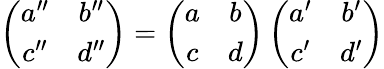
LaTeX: \left(\begin{array}{cc}{{a^{\prime\prime}}}&{{b^{\prime\prime}}}\\ {{c^{\prime\prime}}}&{{d^{\prime\prime}}}\end{array}\right)=\left(\begin{array}{cc}{{a}}&{{b}}\\ {{c}}&{{d}}\end{array}\right)\left(\begin{array}{cc}{{a^{\prime}}}&{{b^{\prime}}}\\ {{c^{\prime}}}&{{d^{\prime}}}\end{array}\right)